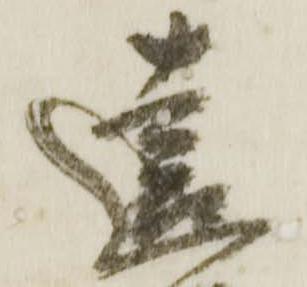
遠